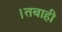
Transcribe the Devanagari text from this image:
।तबाही